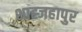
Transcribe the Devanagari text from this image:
शाह्जहापुर